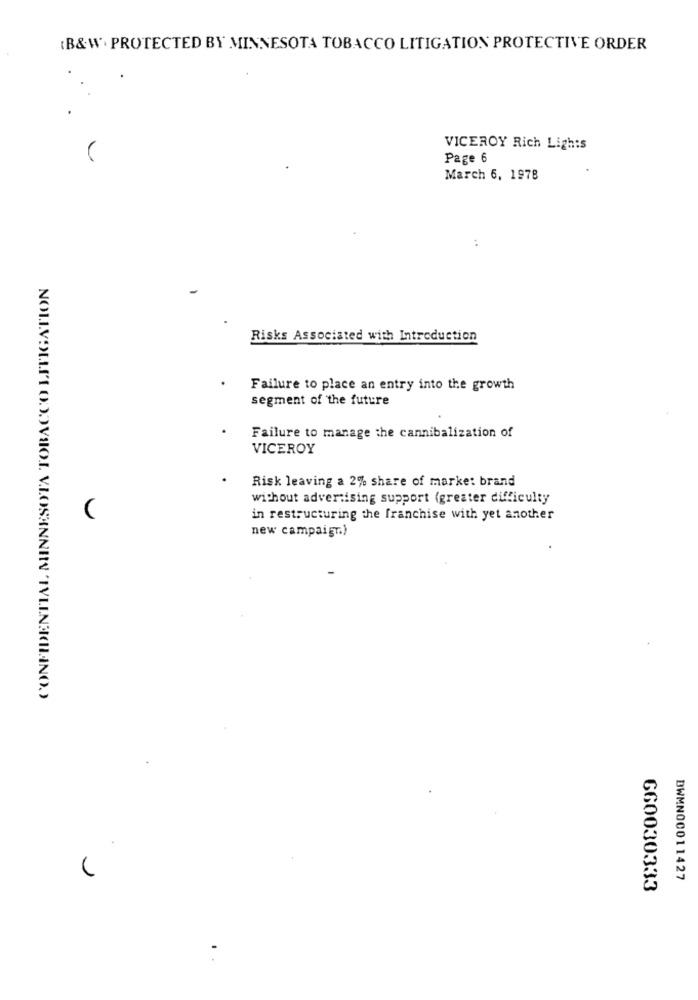
(B&W. PROTECTED BY MINNESOTA TOBACCO LITIGATION PROTECTIVE ORDER
VICEROY Rich Lights
Page 6
March 6, 1978
:
Risks Associated with Introduction
Failure to place an entry into the growth
segment of the future
Failure to manage the cannibalization of
VICEROY
Risk leaving a 2% share of marke: brand
without advertising support (greater difficulty
(
in restructuring the franchise with yet another
new campaign.)
DWMN00011427
660030333